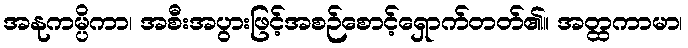
အနုကမ္ပိကာ၊ အစီးအပွားဖြင့်အစဉ်စောင့်ရှောက်တတ်၏။ အတ္ထကာမာ၊